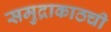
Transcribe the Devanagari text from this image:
समुद्राकाठची